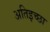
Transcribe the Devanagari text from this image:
अतिइच्छा